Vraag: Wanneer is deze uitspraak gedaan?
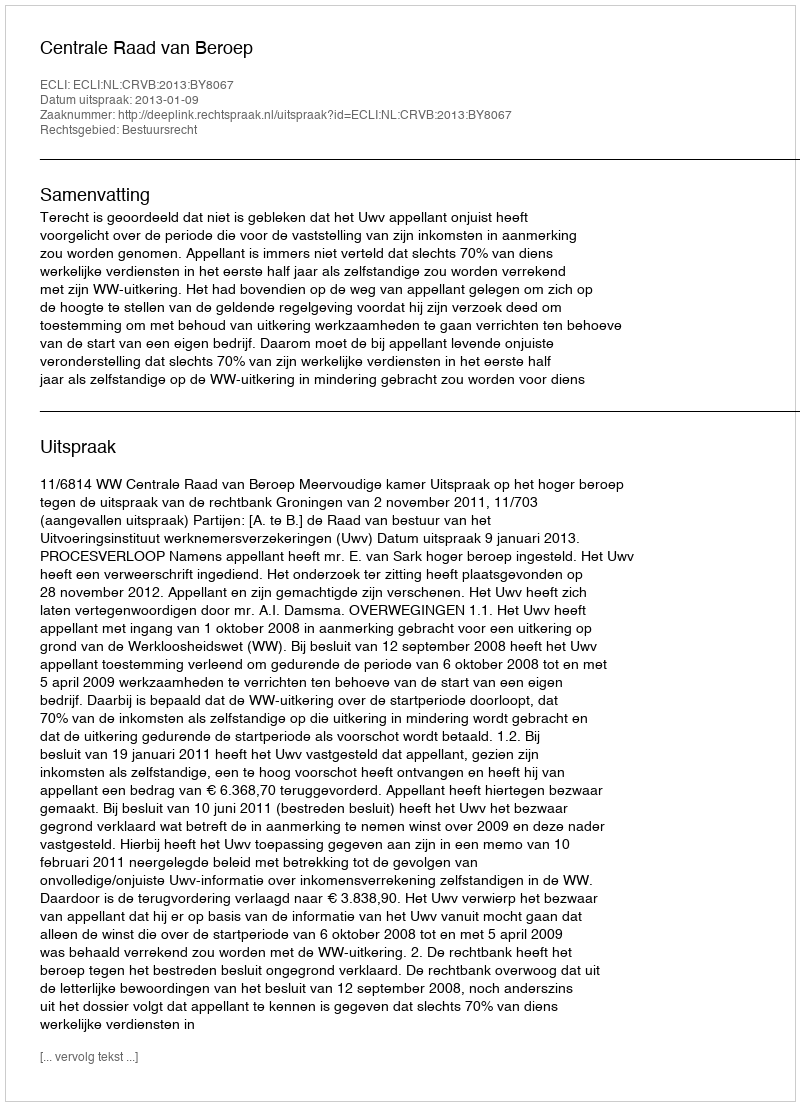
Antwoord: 2013-01-09